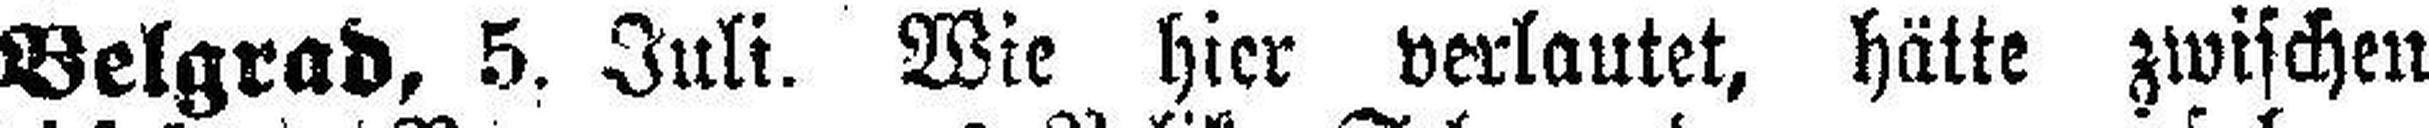
Belgrad, 5. Juli. Wie hier verlautet, hätte zwischen